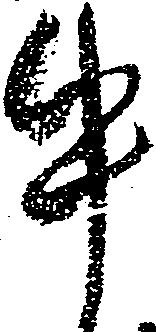
牛